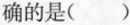
确的是()